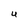
Character: U